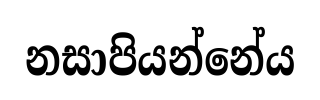
නසාපියන්නේය